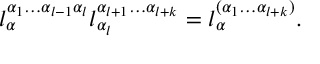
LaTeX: l _ { \alpha } ^ { \alpha _ { 1 } \ldots \alpha _ { l - 1 } \alpha _ { l } } l _ { \alpha _ { l } } ^ { \alpha _ { l + 1 } \ldots \alpha _ { l + k } } = l _ { \alpha } ^ { ( \alpha _ { 1 } \ldots \alpha _ { l + k } ) } .